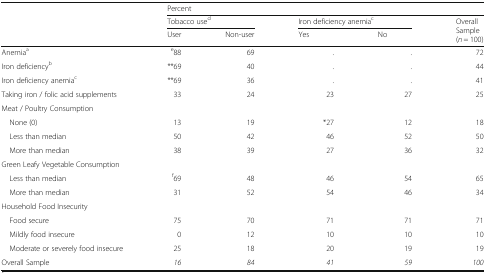
<table><thead><tr><td rowspan="3"></td><td colspan="5"><b>Percent</b></td></tr><tr><td colspan="2"><b>Tobacco use<sup>d</sup></b></td><td colspan="2"><b>Iron deficiency anemia<sup>c</sup></b></td><td rowspan="2"><b>OverallSample(<i>n</i> = 100)</b></td></tr><tr><td><b>User</b></td><td><b>Non-user</b></td><td><b>Yes</b></td><td><b>No</b></td></tr></thead><tbody><tr><td>Anemia<sup>a</sup></td><td><sup>e</sup>88</td><td>69</td><td>.</td><td>.</td><td>72</td></tr><tr><td>Iron deficiency<sup>b</sup></td><td>**69</td><td>40</td><td>.</td><td>.</td><td>44</td></tr><tr><td>Iron deficiency anemia<sup>c</sup></td><td>**69</td><td>36</td><td>.</td><td>.</td><td>41</td></tr><tr><td>Taking iron / folic acid supplements</td><td>33</td><td>24</td><td>23</td><td>27</td><td>25</td></tr><tr><td>Meat / Poultry Consumption</td><td colspan="5"></td></tr><tr><td> None (0)</td><td>13</td><td>19</td><td>*27</td><td>12</td><td>18</td></tr><tr><td> Less than median</td><td>50</td><td>42</td><td>46</td><td>52</td><td>50</td></tr><tr><td> More than median</td><td>38</td><td>39</td><td>27</td><td>36</td><td>32</td></tr><tr><td colspan="6">Green Leafy Vegetable Consumption</td></tr><tr><td> Less than median</td><td><sup>f</sup>69</td><td>48</td><td>46</td><td>54</td><td>65</td></tr><tr><td> More than median</td><td>31</td><td>52</td><td>54</td><td>46</td><td>34</td></tr><tr><td colspan="6">Household Food Insecurity</td></tr><tr><td> Food secure</td><td>75</td><td>70</td><td>71</td><td>71</td><td>71</td></tr><tr><td> Mildly food insecure</td><td>0</td><td>12</td><td>10</td><td>10</td><td>10</td></tr><tr><td> Moderate or severely food insecure</td><td>25</td><td>18</td><td>20</td><td>19</td><td>19</td></tr><tr><td>Overall Sample</td><td><i>16</i></td><td><i>84</i></td><td><i>41</i></td><td><i>59</i></td><td><i>100</i></td></tr></tbody></table>